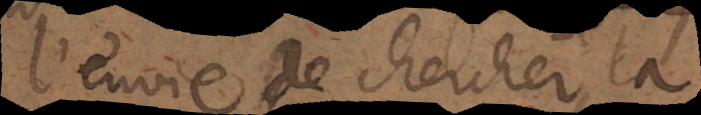
l’envie de chercher la